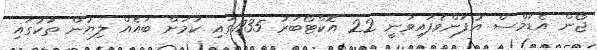
ޖޯން އެޑަމްސް އުފަންވެފައިވަނީ 22 އޮކްޓޯބަރު 1735ގައި ކަމަށް ބައެއް ލިޔުން ތަކުގައި